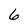
Character: 6